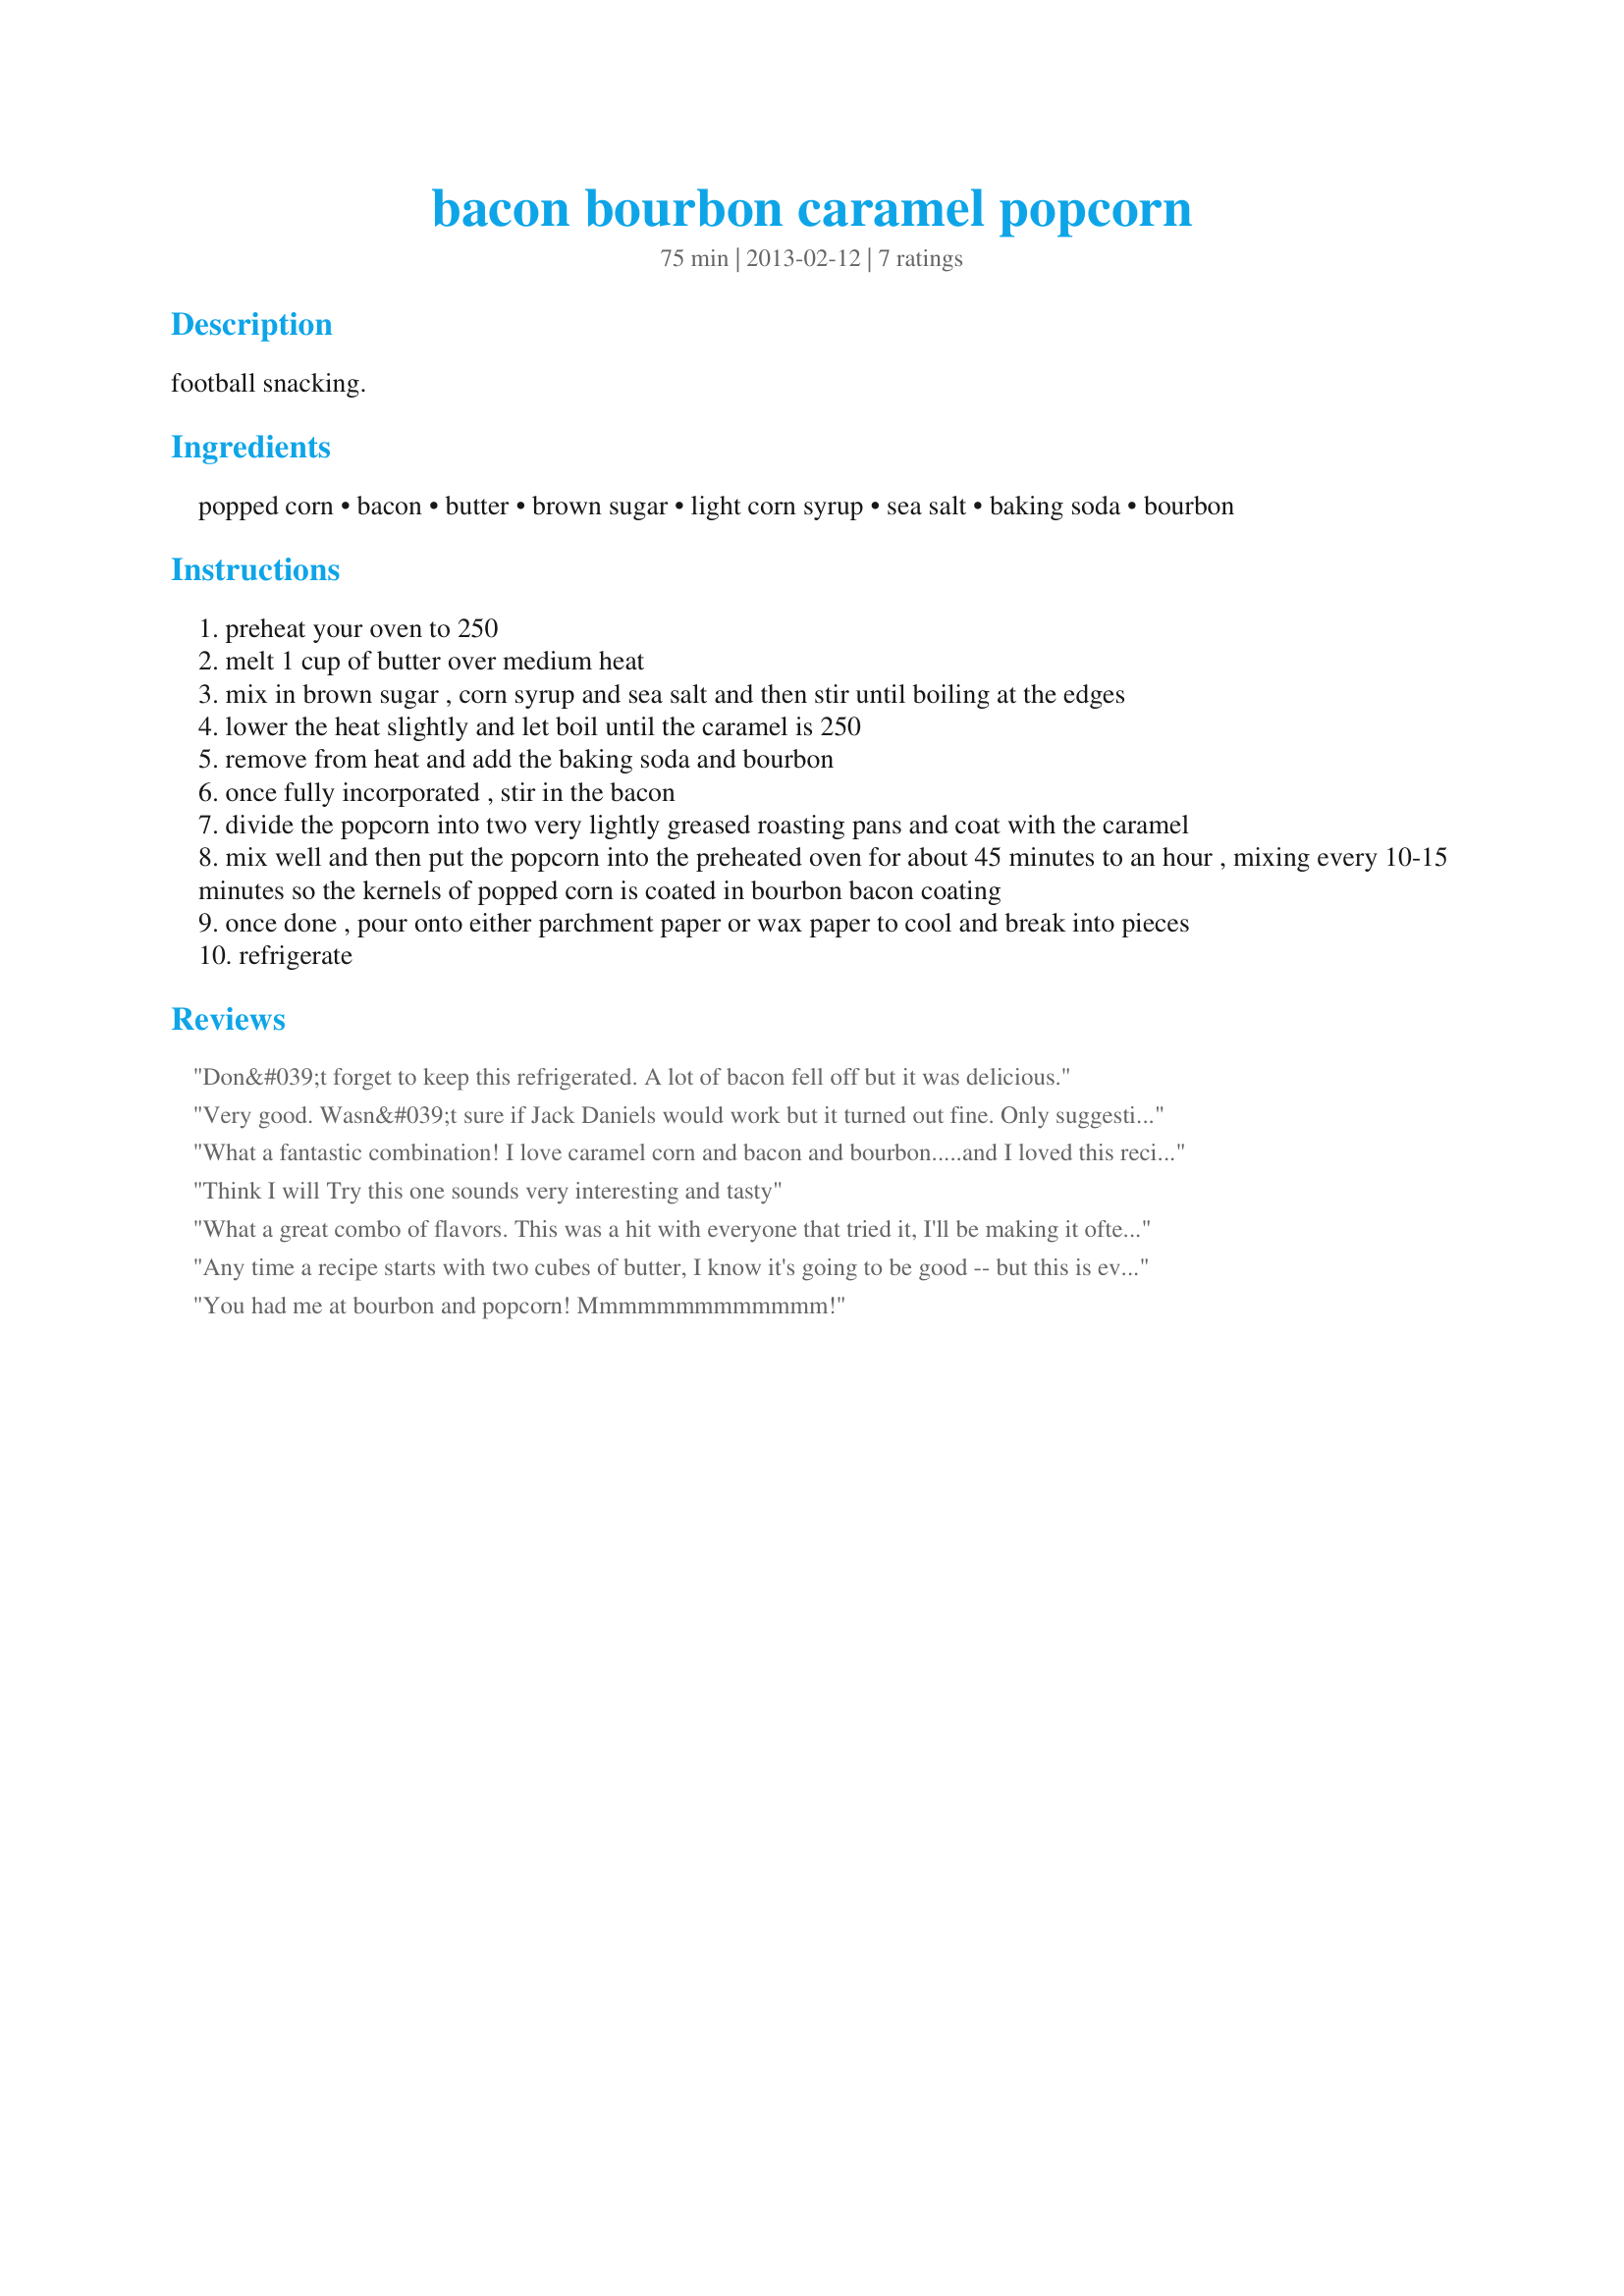
bacon bourbon caramel popcorn
Preparation time: 75 minutes

football snacking.

Ingredients:
popped corn, bacon, butter, brown sugar, light corn syrup, sea salt, baking soda, bourbon

Steps:
preheat your oven to 250
melt 1 cup of butter over medium heat
mix in brown sugar , corn syrup and sea salt and then stir until boiling at the edges
lower the heat slightly and let boil until the caramel is 250
remove from heat and add the baking soda and bourbon
once fully incorporated , stir in the bacon
divide the popcorn into two very lightly greased roasting pans and coat with the caramel
mix well and then put the popcorn into the preheated oven for about 45 minutes to an hour , mixing every 10-15 minutes so the kernels of popped corn is coated in bourbon bacon coating
once done , pour onto either parchment paper or wax paper to cool and break into pieces
refrigerate

Reviews:
Don&#039;t forget to keep this refrigerated. A lot of bacon fell off but it was delicious.
Very good. Wasn&#039;t sure if Jack Daniels would work but it turned out fine. Only suggestion I have is to mix it in a bowl instead of all on the pan. Using the pan made it hard to mix evenly and a lot kept fallin off the pan. But a good recipe.
What a fantastic combination! I love caramel corn and bacon and bourbon.....and I loved this recipe. My husband took some it in to work to share and it got raves! Just make sure not to over-boil or over-bake because the coating can become grainy.
Think I will Try this one sounds very interesting and tasty
What a great combo of flavors. This was a hit with everyone that tried it, I'll be making it often. I did add 1 teaspoon of crushed red peppers for a bit of spice and feel it really enhanced it even more
Any time a recipe starts with two cubes of butter, I know it's going to be good -- but this is even better than good. It's buttery, savory, sweet, crunchy and (don't tell my husband this) better than sex! Since the Mad Scientist is an analytical chemist for an agriculture company that specializes in testing nuts, I had just roasted some almonds he had brought home earlier in the week, and added that to the popcorn-caramel-bacon mixture, and it only enhanced it even more. Debating whether I want to share this at work, or just hog it all for myself.
You had me at bourbon and popcorn! Mmmmmmmmmmmmm!
